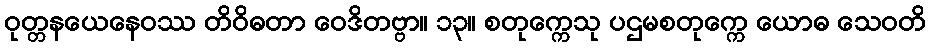
ဝုတ္တနယေနေဝဿ တိဝိဓတာ ဝေဒိတဗ္ဗာ။ ၁၃။ စတုက္ကေသု ပဌမစတုက္ကေ ယောဓ သေဝတိ